Vaccination in Bombay 1869-1873 - 1869-1873
Year: 1869
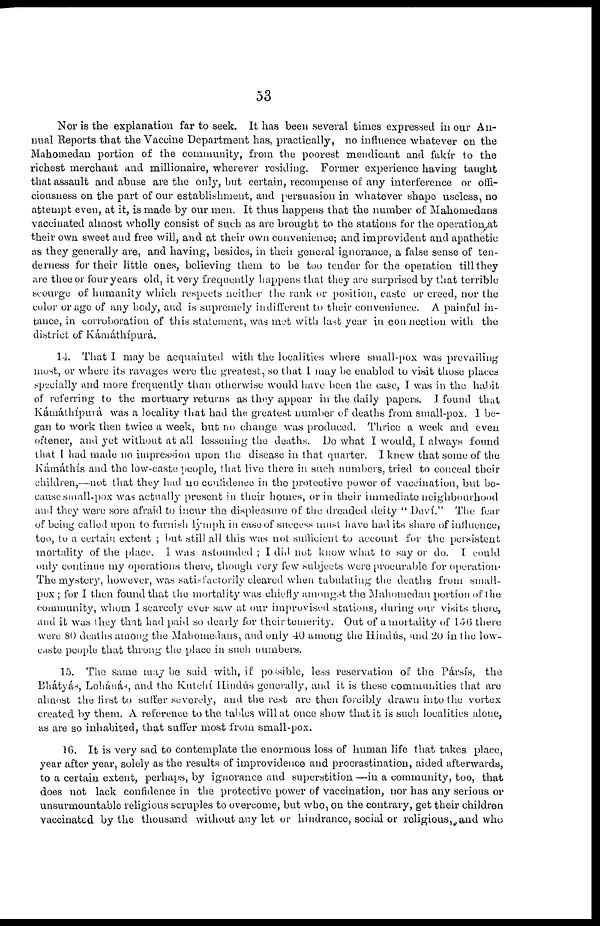
53
Nor is the explanation far to seek. It has been several times expressed in our An-
nual Reports that the Vaccine Department has, practically, no influence whatever on the
Mahomedan portion of the community, from the poorest mendicant and fakír to the
richest merchant and millionaire, wherever residing. Former experience having taught
that assault and abuse are the only, but certain, recompense of any interference or offi-
ciousness on the part of our establishment, and persuasion in whatever shape useless, no
attempt even, at it, is made by our men. It thus happens that the number of Mahomedans
vaccinated almost wholly consist of such as are brought to the stations for the operation at
their own sweet and free will, and at their own convenience; and improvident and apathetic
as they generally are, and having, besides, in their general ignorance, a false sense of ten-
derness for their little ones, believing them to be too tender for the opeiation till they
are thee or four years old, it very frequently happens that they are surprised by that terrible
scourge of humanity which respects neither the rank or position, caste or creed, nor the
color or age of any body, and is supremely indifferent to their convenience. A painful in¬
tance, in corroboration of this statement, was met with last year in connection with the
district of Kámáthípurá.
14. That I may be acquainted with the localities where small-pox was prevailing
most, or where its ravages were the greatest, so that I may be enabled to visit those places
specially and more frequently than otherwise would have been the case, I was in the habit
of referring to the mortuary returns as they appear in the daily papers. I found that
Kámáthípurá was a locality that had the greatest number of deaths from small-pox. I be-
gan to work then twice a week, but no change was produced. Thrice a week and even
oftener, and yet without at all lessening the deaths. Do what I would, I always found
that I had made no impression upon the disease in that quarter. I knew that some of the
Kámáthís and the low-caste people, that live there in such numbers, tried to conceal their
children,—not that they had no confidence in the protective power of vaccination, but be-
cause small-pox was actually present in their homes, or in their immediate neighbourhood
and they were sore afraid to incur the displeasure of the dreaded deity " Deví." The fear
of being called upon to furnish lymph in case of success must have had its share of influence,
too, to a certain extent ; but still all this was not sufficient to account for the persistent
mortality of the place. I was astounded ; I did not know what to say or do. I could
only continue my operations there, though very few .subjects were procurable for operation.
The mystery, however, was satisfactorily cleared when tabulating the deaths from small-
pox ; for I then found that the mortality was chiefly amongst the Mahomedan portion of the
community, whom I scarcely ever saw at our improvised stations, during our visits there,
and it was they that had paid so dearly for their temerity. Out of a mortality of 156 there
were 80 deaths among the Mahomedans, and only 40 among the Hindús, and 20 in the low¬
caste people that throng the place in such numbers.
15. The same may be said with, if possible, less reservation of the Pársís, the
Bhátyás, Lohánás, and the Kutchí Hindús generally, and it is these communities that are
almost the first to suffer severely, and the rest are then forcibly drawn into the vortex
created by them. A reference to the tables will at once show that it is such localities alone,
as are so inhabited, that suffer most from small-pox.
16. It is very sad to contemplate the enormous loss of human life that takes place,
year after year, solely as the results of improvidence and procrastination, aided afterwards,
to a certain extent, perhaps, by ignorance and superstition —in a community, too, that
does not lack confidence in the protective power of vaccination, nor has any serious or
unsurmountable religious scruples to overcome, but who, on the contrary, get their children
vaccinated by the thousand without any let or hindrance, social or religious,and who